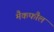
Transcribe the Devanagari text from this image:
मैकफौल